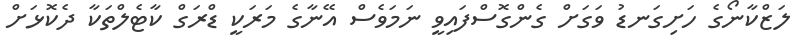
ލަޒްކާނޯގެ ހަށިގަނޑު ވަގަށް ގެންގޮސްފައިވީ ނަމަވެސް އޭނާގެ މަރަކީ ޑްރަގް ކާޓެލްތަކާ ދެކޮޅަށް